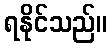
ရနိုင်သည်။